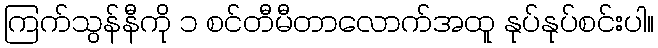
ကြက်သွန်နီကို ၁ စင်တီမီတာလောက်အထူ နုပ်နုပ်စင်းပါ။